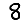
Digit: 8